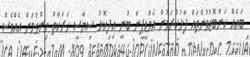
ބައެއް ކަންބޮޑުވުންތައް ފާޅުކުރަމުން އެމްޑީޕީން ބުނީ އިދިކޮޅު ސިޔާސީ ހަރަކާތް ހިންގުމަށް އެއްވެސް